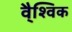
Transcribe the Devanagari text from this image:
वै्श्विक